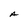
Character: A